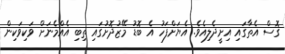
ގޮސް އެތާގައި އިށީދެލިއެވެ. އެޔަށްފަހު އެ ބޮޑު މޭޒުދޮށުގައި ތިބި އެއްމެނަށް ވަކިވަކިން